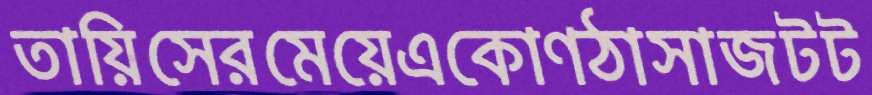
তায়িসেরমেয়েএকোণঠাসাজটট